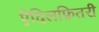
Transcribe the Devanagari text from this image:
ऐदिलफ़ितरी